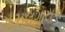
ગઝલગાયકો